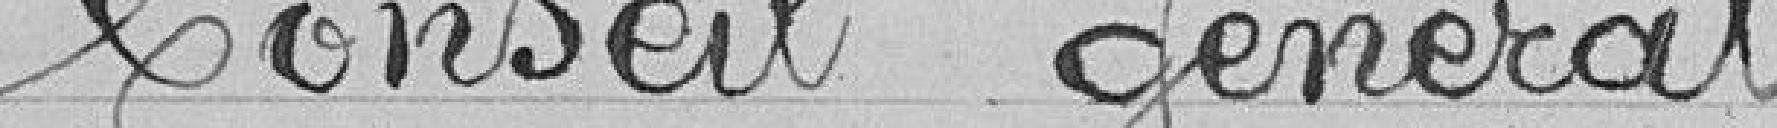
Conseil Général